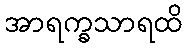
အာရက္ခသာရထိ